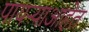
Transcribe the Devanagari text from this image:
पायऱ्याआहेत